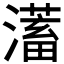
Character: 𭳀